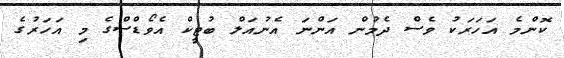
ކޮންމެ އަހަރަކު ވެސް ދެމުން އަންނަ އެނުއަލް ބުޓީކް އެވޯޑްސްގެ މި އަހަރުގެ